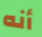
أنه